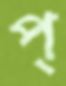
প্